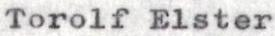
Torolf Elster